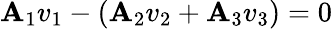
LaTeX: \mathbf{A}_{1}v_{1}-(\mathbf{A}_{2}v_{2}+\mathbf{A}_{3}v_{3})=0